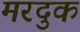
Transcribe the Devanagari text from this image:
मरदुक